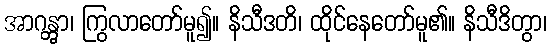
အာဂန္တွာ၊ ကြွလာတော်မူ၍။ နိသီဒတိ၊ ထိုင်နေတော်မူ၏။ နိသီဒိတွာ၊